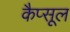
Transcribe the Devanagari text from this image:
कैप्‍सूल